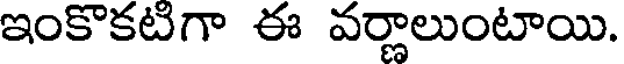
ఇంకొకటిగా ఈ వర్ణాలుంటాయి.